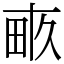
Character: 畞